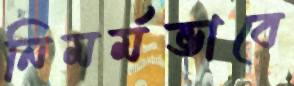
নিমর্মভাবে